Physiological action of certain drugs in tablet form - Number 52A
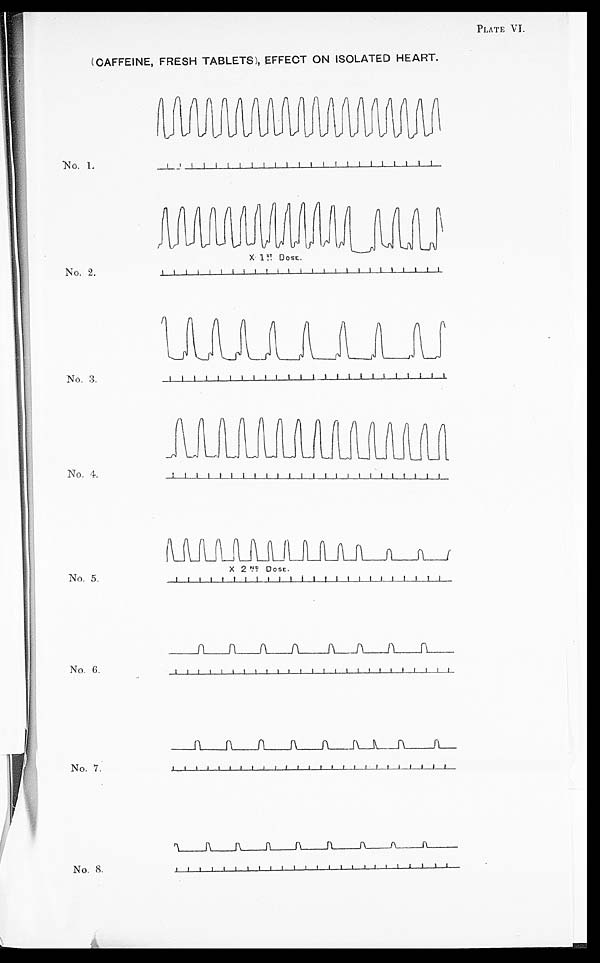
PLATE VI.
( CAFFEINE, FRESH TABLETS ), EFFECT ON ISOLATED HEART .
No. 1.
No. 2.
No. 3.
No. 4.
No. 5.
No. 6.
No. 7.
No. 8.